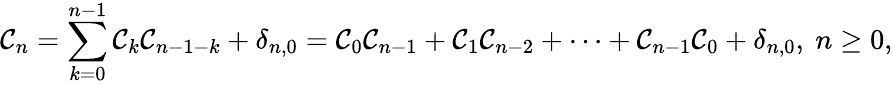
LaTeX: \mathcal{C}_{n}=\sum_{k=0}^{n-1}\mathcal{C}_{k}\mathcal{C}_{n-1-k}+\delta_{n,0}=\mathcal{C}_{0}\mathcal{C}_{n-1}+\mathcal{C}_{1}\mathcal{C}_{n-2}+\cdots+\mathcal{C}_{n-1}\mathcal{C}_{0}+\delta_{n,0},\ n\geq0,